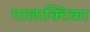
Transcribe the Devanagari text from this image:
गालाक्टिका